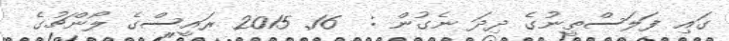
ގައި ފަލަސްތީނުގެ ދިދަ ނެގުން :  16